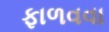
ફાળવવા